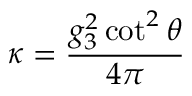
\kappa = \frac { g _ { 3 } ^ { 2 } \cot ^ { 2 } \theta } { 4 \pi }